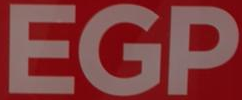
EGP